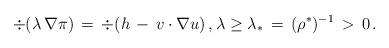
LaTeX: \begin{align*}\div(\lambda\,\nabla\pi)\,=\,\div(h\,-\,v\cdot\nabla u)\,,\lambda\geq \lambda_\ast\,=\,(\rho^\ast)^{-1}\,>\,0\,.\end{align*}